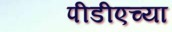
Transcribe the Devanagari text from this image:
पीडीएच्या